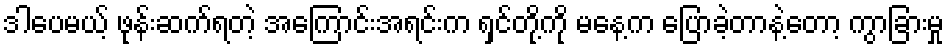
ဒါပေမယ့် ဖုန်းဆက်ရတဲ့ အကြောင်းအရင်းက ရှင်တို့ကို မနေ့က ပြောခဲ့တာနဲ့တော့ ကွာခြားမှု